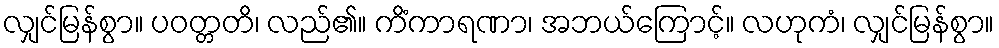
လျှင်မြန်စွာ။ ပဝတ္တတိ၊ လည်၏။ ကိံကာရဏာ၊ အဘယ်ကြောင့်။ လဟုကံ၊ လျှင်မြန်စွာ။